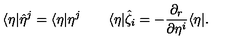
\langle \eta | \hat { \eta } ^ { j } = \langle \eta | \eta ^ { j } \qquad \langle \eta | \hat { \zeta } _ { i } = - \frac { \partial _ { r } } { \partial \eta ^ { i } } \langle \eta | .